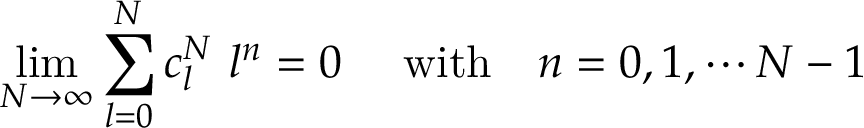
\operatorname * { l i m } _ { N \rightarrow \infty } \sum _ { l = 0 } ^ { N } c _ { l } ^ { N } \ l ^ { n } = 0 \ \quad \mathrm { w i t h } \quad n = 0 , 1 , \cdots N - 1 \,